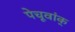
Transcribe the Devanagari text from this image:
पेचूवांक्